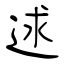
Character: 逑